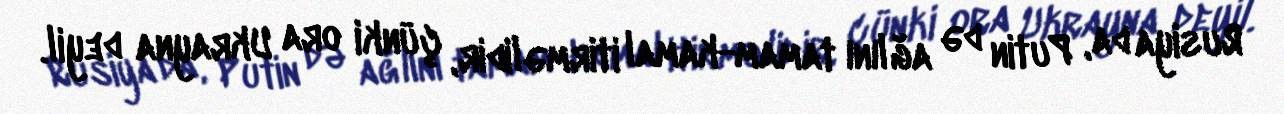
Rusiya da, Putin də ağlını tamam-kamal itirməlidir, çünki ora Ukrayna deyil.